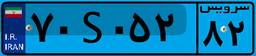
۷۰S۰۵۲۸۲